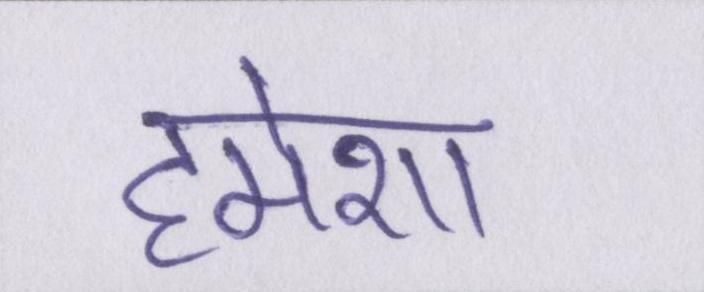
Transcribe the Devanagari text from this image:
हमेशा